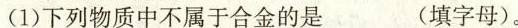
(1)下列物质中不属于合金的是___(填字母)。